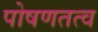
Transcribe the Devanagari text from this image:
पोषणतत्व